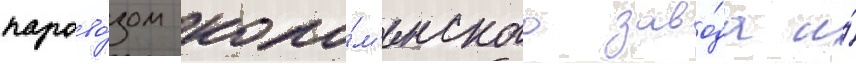
парово́зом коло́м'енского заво́да и́